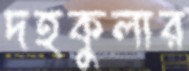
দহকুলার